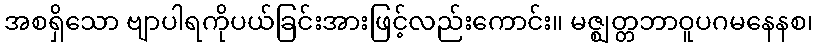
အစရှိသော ဗျာပါရကိုပယ်ခြင်းအားဖြင့်လည်းကောင်း။ မဇ္ဈတ္တဘာဝူပဂမနေနစ၊